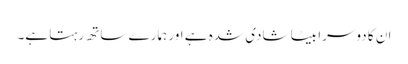
ان کا دوسرا بیٹا شادی شدہ ہے اور ہمارے ساتھ رہتا ہے۔